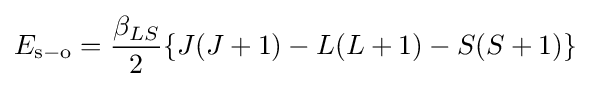
E_{\mathrm {s} -\mathrm {o} }={\frac {\beta _{LS}}{2}}\{J(J+1)-L(L+1)-S(S+1)\}